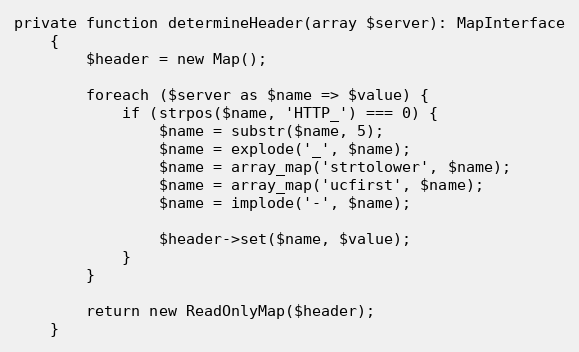
Language: PHP
private function determineHeader(array $server): MapInterface
    {
        $header = new Map();

        foreach ($server as $name => $value) {
            if (strpos($name, 'HTTP_') === 0) {
                $name = substr($name, 5);
                $name = explode('_', $name);
                $name = array_map('strtolower', $name);
                $name = array_map('ucfirst', $name);
                $name = implode('-', $name);

                $header->set($name, $value);
            }
        }

        return new ReadOnlyMap($header);
    }